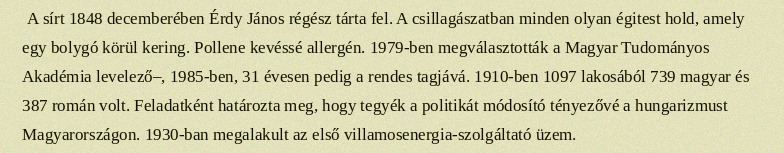
A sírt 1848 decemberében Érdy János régész tárta fel. A csillagászatban minden olyan égitest hold, amely egy bolygó körül kering. Pollene kevéssé allergén. 1979-ben megválasztották a Magyar Tudományos Akadémia levelező–, 1985-ben, 31 évesen pedig a rendes tagjává. 1910-ben 1097 lakosából 739 magyar és 387 román volt. Feladatként határozta meg, hogy tegyék a politikát módosító tényezővé a hungarizmust Magyarországon. 1930-ban megalakult az első villamosenergia-szolgáltató üzem.